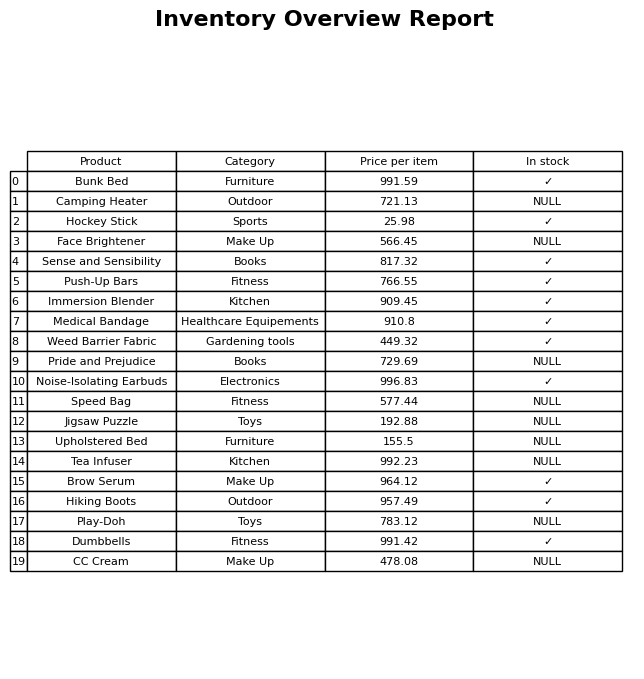
question: Which products are currently out of stock?
answer: Camping Heater, Face Brightener, Pride and Prejudice, Speed Bag, Jigsaw Puzzle, Upholstered Bed, Tea Infuser, Play-Doh, CC Cream